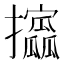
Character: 𫾞